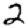
Digit: 2